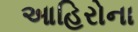
આહિરોના